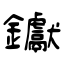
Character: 钀